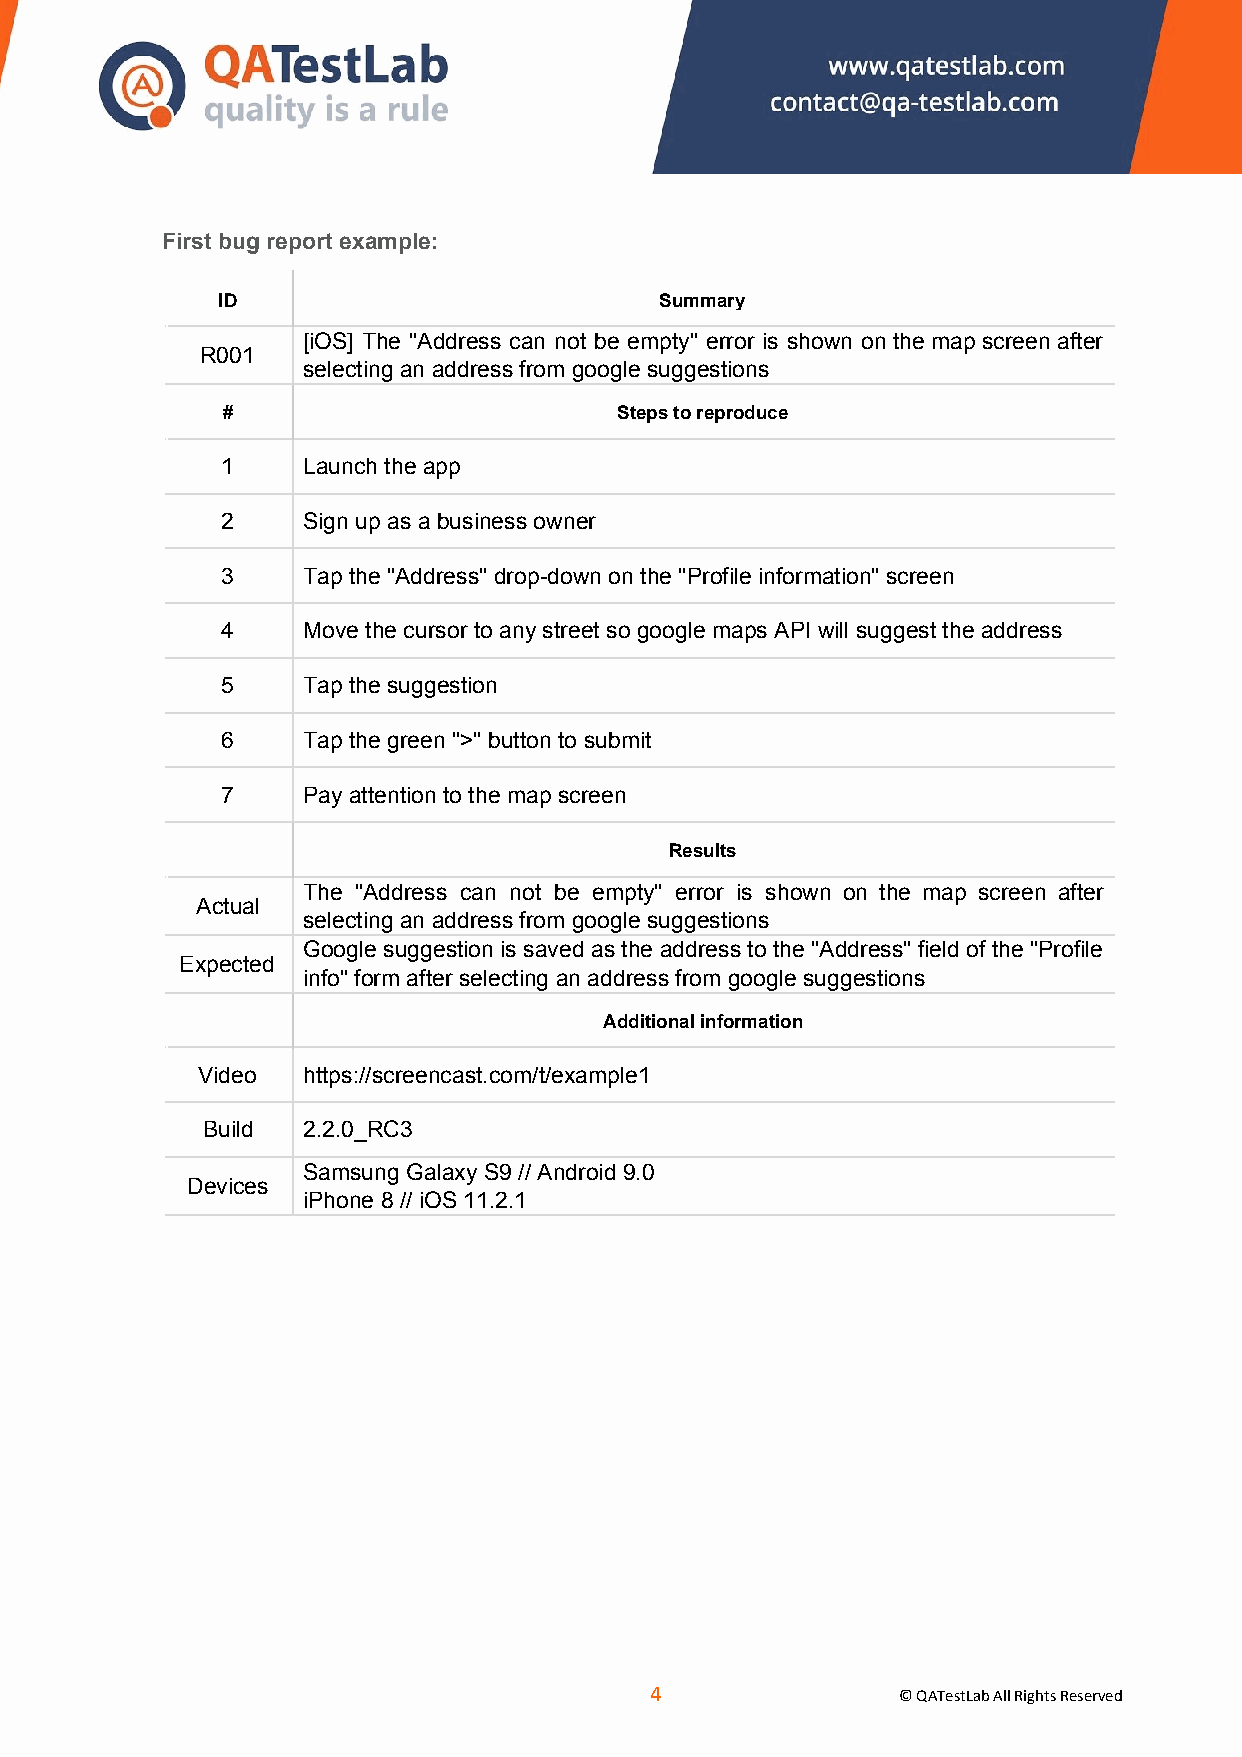
First bug report example:
 ID                            Summary
 [iOS] The "Address can not be empty" error is shown on the map screen after
 R001
 selecting an address from google suggestions
 #                         Steps to reproduce
 1    Launch the app
 2    Sign up as a business owner
 3    Tap the "Address" drop-down on the "Profile information" screen
 4    Move the cursor to any street so google maps API will suggest the address
 5    Tap the suggestion
 6    Tap the green ">" button to submit
 7    Pay attention to the map screen
 Results
 The "Address can not be empty" error is shown on the map screen after
 Actual
 selecting an address from google suggestions
 Google suggestion is saved as the address to the "Address" field of the "Profile
 Expected
 info" form after selecting an address from google suggestions
 Additional information
 Video  https://screencast.com/t/example1
 Build  2.2.0_RC3
 Samsung Galaxy S9 // Android 9.0
 Devices
 iPhone 8 // iOS 11.2.1
 ​4​
 © QATestLab All Rights Reserved